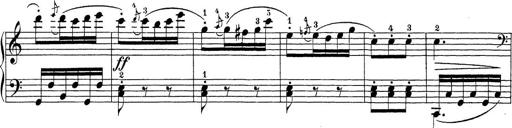
Title: Sonatina Album
Composer: Louis KÃ¶hler